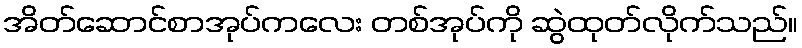
အိတ်ဆောင်စာအုပ်ကလေး တစ်အုပ်ကို ဆွဲထုတ်လိုက်သည်။